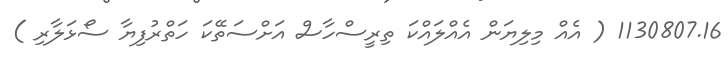
1130807.16 ( އެއް މިލިޔަން އެއްލައްކަ ތިރީސްހާސް އަށްސަތޭކަ ހަތްރުފިޔާ ސޯޅަލާރި )